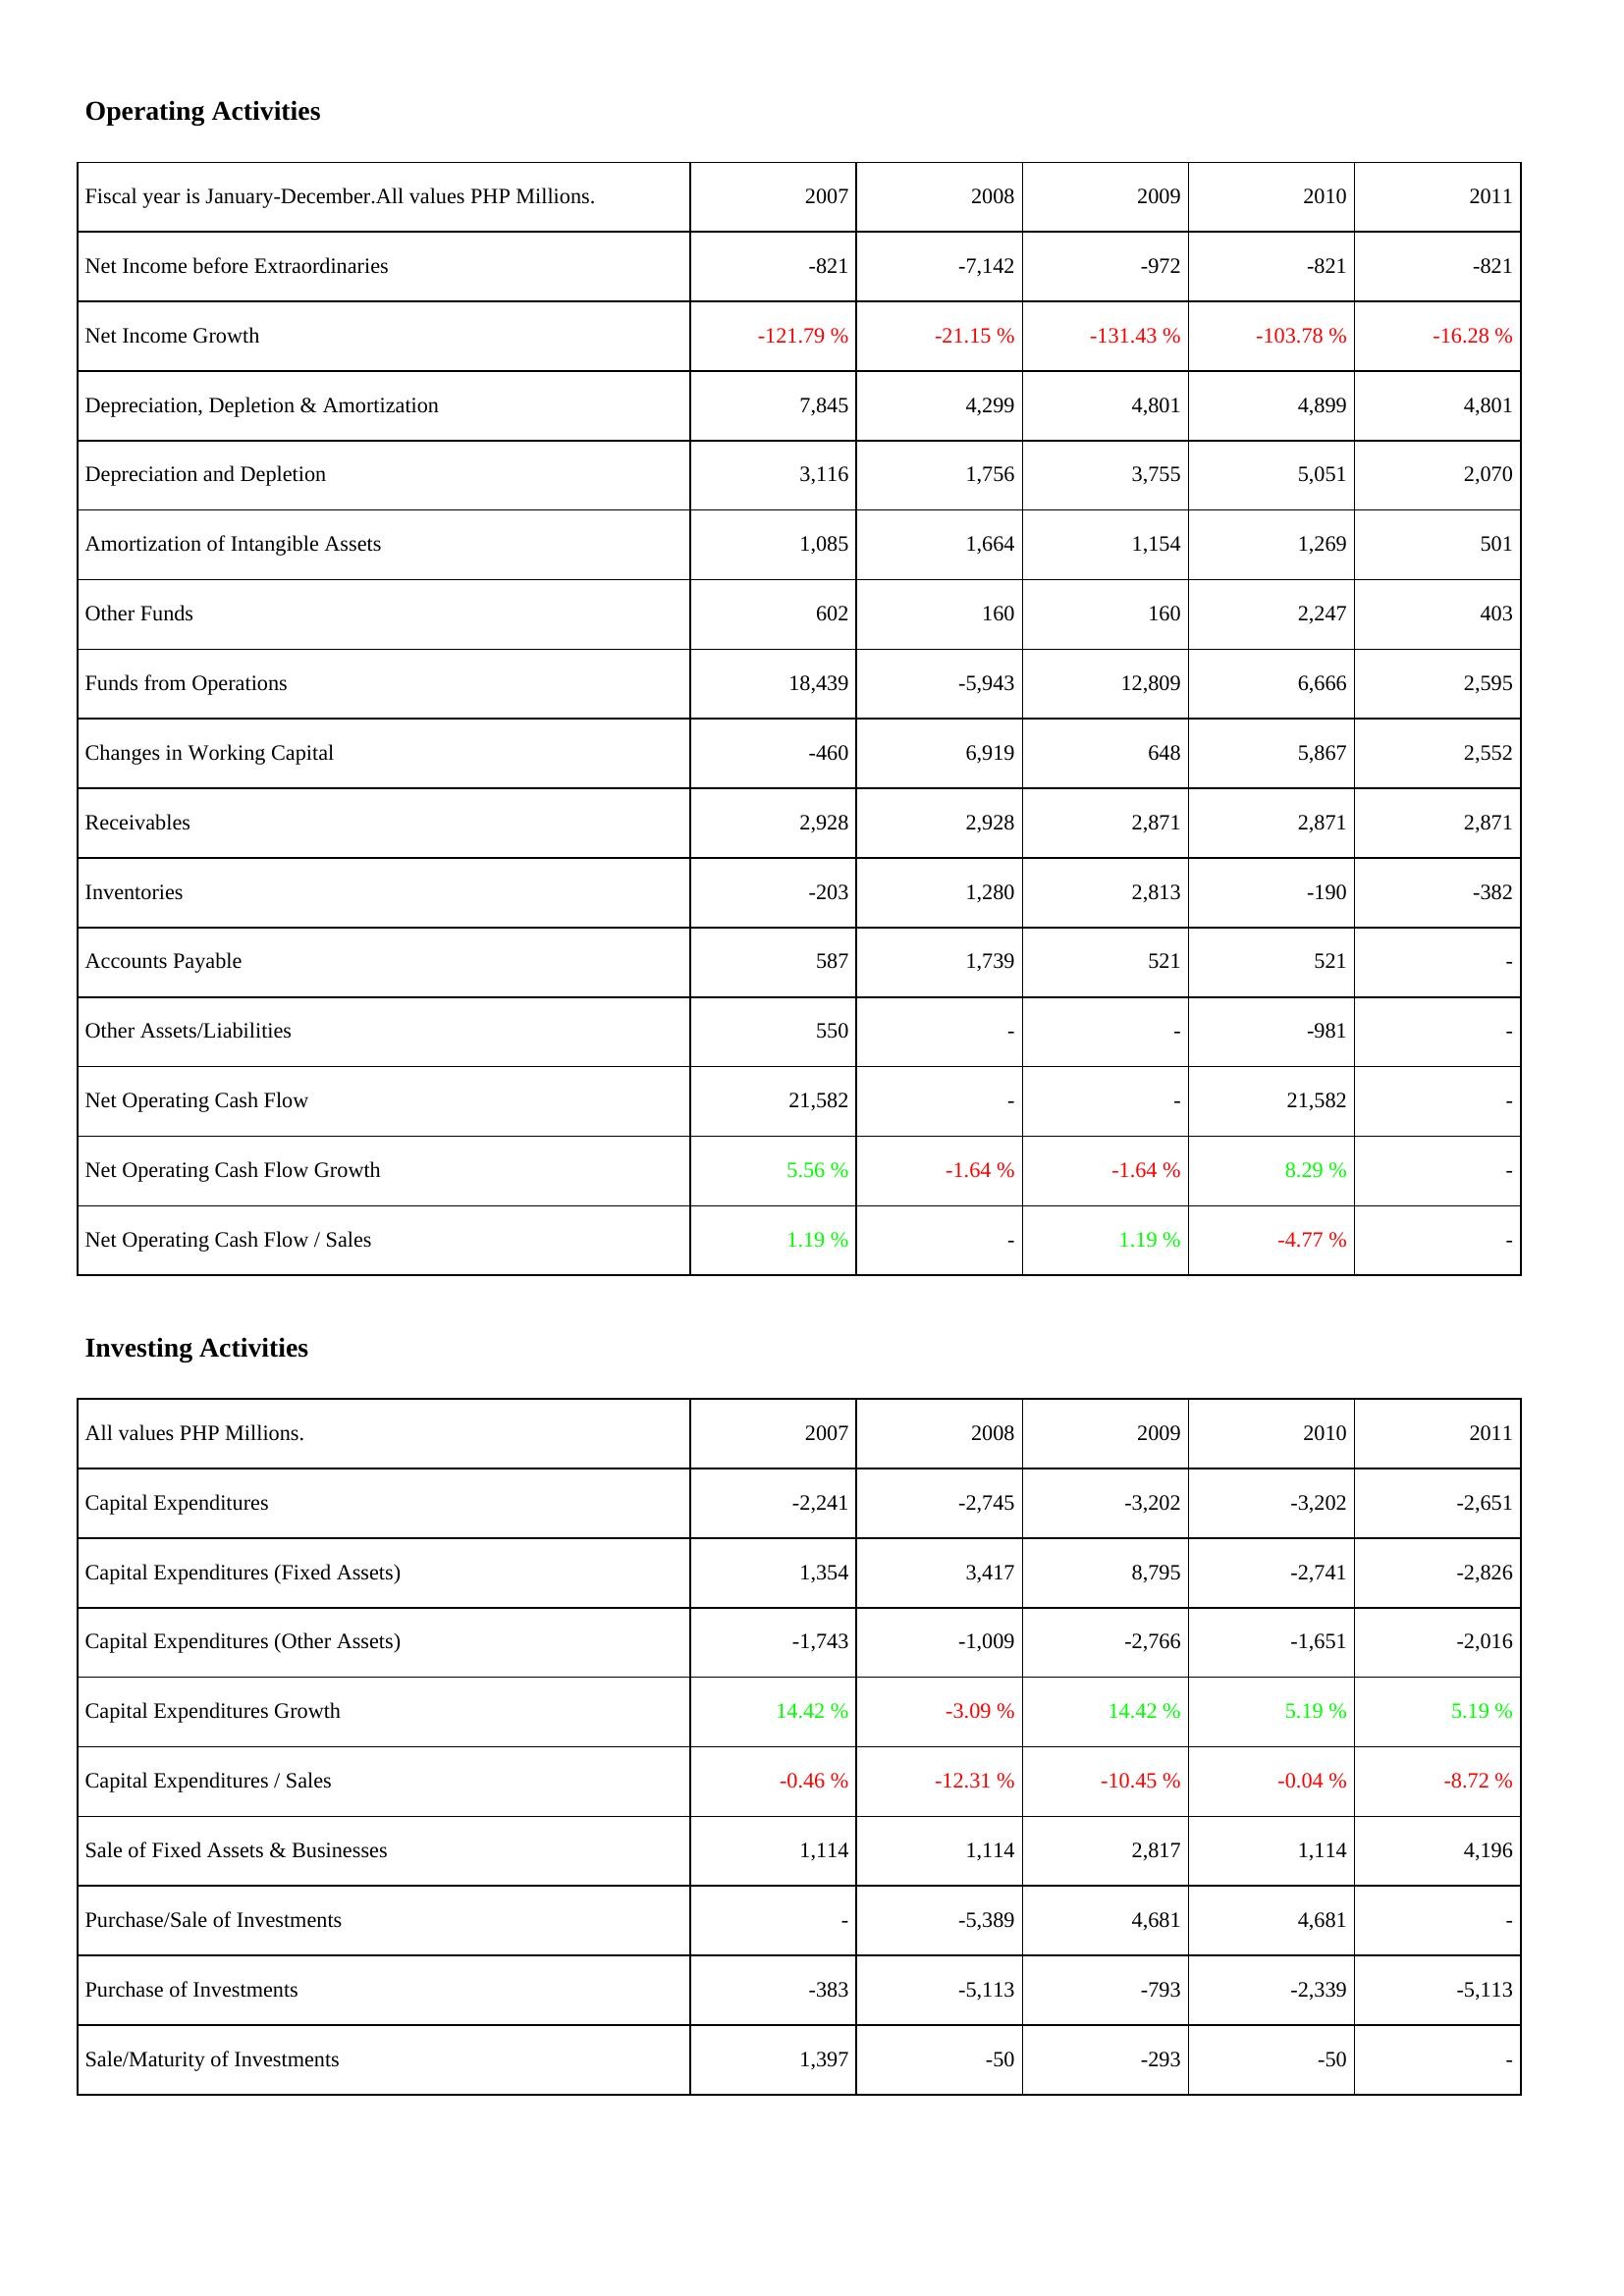
2007: Operating Activities: Net Income before Extraordinaries: -821
Net Income Growth: -121.79 %
Depreciation, Depletion & Amortization: 7,845
Depreciation and Depletion: 3,116
Amortization of Intangible Assets: 1,085
Other Funds: 602
Funds from Operations: 18,439
Changes in Working Capital: -460
Receivables: 2,928
Inventories: -203
Accounts Payable: 587
Other Assets/Liabilities: 550
Net Operating Cash Flow: 21,582
Net Operating Cash Flow Growth: 5.56 %
Net Operating Cash Flow / Sales: 1.19 %
Investing Activities: Capital Expenditures: -2,241
Capital Expenditures (Fixed Assets): 1,354
Capital Expenditures (Other Assets): -1,743
Capital Expenditures Growth: 14.42 %
Capital Expenditures / Sales: -0.46 %
Sale of Fixed Assets & Businesses: 1,114
Purchase/Sale of Investments: -
Purchase of Investments: -383
Sale/Maturity of Investments: 1,397
2008: Operating Activities: Net Income before Extraordinaries: -7,142
Net Income Growth: -21.15 %
Depreciation, Depletion & Amortization: 4,299
Depreciation and Depletion: 1,756
Amortization of Intangible Assets: 1,664
Other Funds: 160
Funds from Operations: -5,943
Changes in Working Capital: 6,919
Receivables: 2,928
Inventories: 1,280
Accounts Payable: 1,739
Other Assets/Liabilities: -
Net Operating Cash Flow: -
Net Operating Cash Flow Growth: -1.64 %
Net Operating Cash Flow / Sales: -
Investing Activities: Capital Expenditures: -2,745
Capital Expenditures (Fixed Assets): 3,417
Capital Expenditures (Other Assets): -1,009
Capital Expenditures Growth: -3.09 %
Capital Expenditures / Sales: -12.31 %
Sale of Fixed Assets & Businesses: 1,114
Purchase/Sale of Investments: -5,389
Purchase of Investments: -5,113
Sale/Maturity of Investments: -50
2009: Operating Activities: Net Income before Extraordinaries: -972
Net Income Growth: -131.43 %
Depreciation, Depletion & Amortization: 4,801
Depreciation and Depletion: 3,755
Amortization of Intangible Assets: 1,154
Other Funds: 160
Funds from Operations: 12,809
Changes in Working Capital: 648
Receivables: 2,871
Inventories: 2,813
Accounts Payable: 521
Other Assets/Liabilities: -
Net Operating Cash Flow: -
Net Operating Cash Flow Growth: -1.64 %
Net Operating Cash Flow / Sales: 1.19 %
Investing Activities: Capital Expenditures: -3,202
Capital Expenditures (Fixed Assets): 8,795
Capital Expenditures (Other Assets): -2,766
Capital Expenditures Growth: 14.42 %
Capital Expenditures / Sales: -10.45 %
Sale of Fixed Assets & Businesses: 2,817
Purchase/Sale of Investments: 4,681
Purchase of Investments: -793
Sale/Maturity of Investments: -293
2010: Operating Activities: Net Income before Extraordinaries: -821
Net Income Growth: -103.78 %
Depreciation, Depletion & Amortization: 4,899
Depreciation and Depletion: 5,051
Amortization of Intangible Assets: 1,269
Other Funds: 2,247
Funds from Operations: 6,666
Changes in Working Capital: 5,867
Receivables: 2,871
Inventories: -190
Accounts Payable: 521
Other Assets/Liabilities: -981
Net Operating Cash Flow: 21,582
Net Operating Cash Flow Growth: 8.29 %
Net Operating Cash Flow / Sales: -4.77 %
Investing Activities: Capital Expenditures: -3,202
Capital Expenditures (Fixed Assets): -2,741
Capital Expenditures (Other Assets): -1,651
Capital Expenditures Growth: 5.19 %
Capital Expenditures / Sales: -0.04 %
Sale of Fixed Assets & Businesses: 1,114
Purchase/Sale of Investments: 4,681
Purchase of Investments: -2,339
Sale/Maturity of Investments: -50
2011: Operating Activities: Net Income before Extraordinaries: -821
Net Income Growth: -16.28 %
Depreciation, Depletion & Amortization: 4,801
Depreciation and Depletion: 2,070
Amortization of Intangible Assets: 501
Other Funds: 403
Funds from Operations: 2,595
Changes in Working Capital: 2,552
Receivables: 2,871
Inventories: -382
Accounts Payable: -
Other Assets/Liabilities: -
Net Operating Cash Flow: -
Net Operating Cash Flow Growth: -
Net Operating Cash Flow / Sales: -
Investing Activities: Capital Expenditures: -2,651
Capital Expenditures (Fixed Assets): -2,826
Capital Expenditures (Other Assets): -2,016
Capital Expenditures Growth: 5.19 %
Capital Expenditures / Sales: -8.72 %
Sale of Fixed Assets & Businesses: 4,196
Purchase/Sale of Investments: -
Purchase of Investments: -5,113
Sale/Maturity of Investments: -